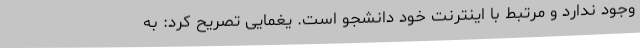
وجود ندارد و مرتبط با اینترنت خود دانشجو است. یغمایی تصریح کرد: به